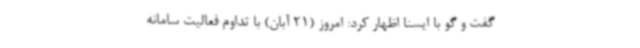
گفت و گو با ایسنا اظهار کرد: امروز (21 آبان) با تداوم فعالیت سامانه